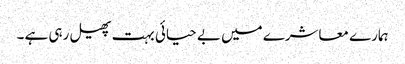
ہمارے معاشرے میں بے حیائی بہت پھیل رہی ہے ۔